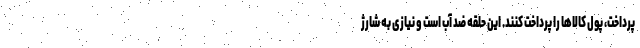
پرداخت، پول کالاها را پرداخت کنند. این حلقه ضد آب است و نیازی به شارژ